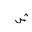
Letter: _shin